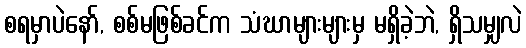
စရမှာပဲနော်, စစ်မဖြစ်ခင်က သံဃာများများမှ မရှိခဲ့ဘဲ, ရှိသမျှလဲ